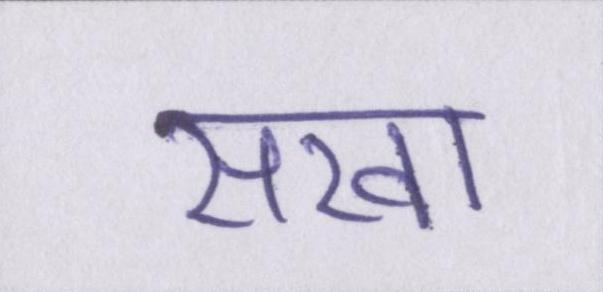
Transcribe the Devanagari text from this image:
सखा